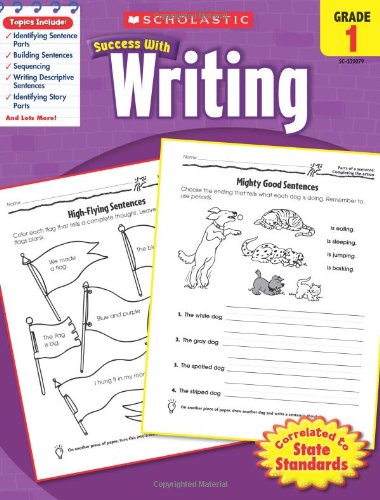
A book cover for Scholastic Success with Writing, Grade 1; Scholastic; Education & Teaching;